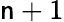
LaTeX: \mathsf{n}+1